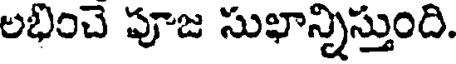
లభించె పూజ సుఖాన్నిస్తుంది.